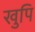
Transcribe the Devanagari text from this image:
खुपि